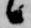
候